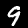
Digit: 9